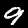
Label: 9